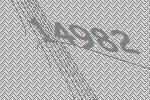
14982